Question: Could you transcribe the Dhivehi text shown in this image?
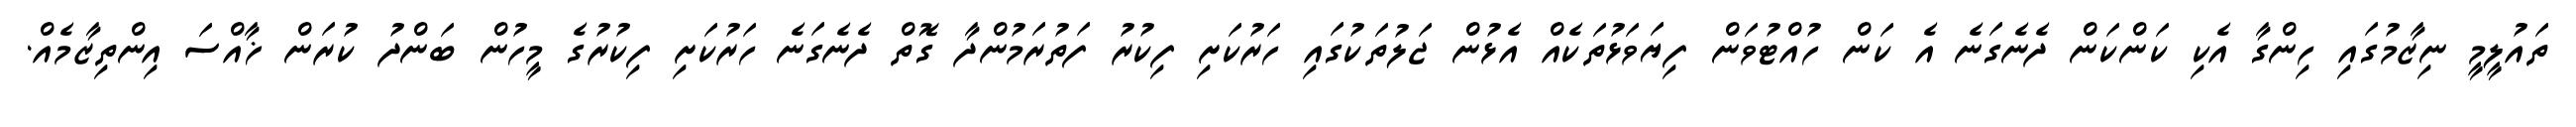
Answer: ތައުލީމީ ނިޒާމުގައި ހިންގާ އެކި ކަންކަން ދެނެގަނެ އެ ކަން ހުއްޓުވަން ފިޔަވަޅުތަކެއް އެޅުން ޖަލުތަކުގައި ހަރުކަށި ފިކުރު ފަތުރަމުންދާ ގޮތް ދެނެގަނެ ހަރުކަށި ފިކުރުގެ މީހުން ބަންދު ކުރަން ޚާއްސަ އިންތިޒާމެއް.